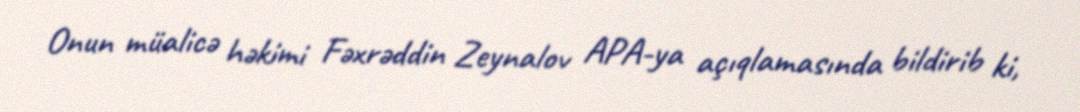
Onun müalicə həkimi Fəxrəddin Zeynalov APA-ya açıqlamasında bildirib ki,